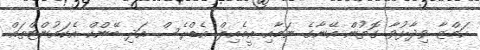
ހަމްޒާ ވިދާޅުވާ ގޮތުން އޭނާގެ ނަމާއި އީމެއިލް އެޑްރެސް އަދި ބޭންކް އެކައުންޓްތައް